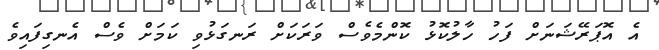
އެ އޮޕަރޭޝަނަށް ފަހު ހާލުކޮޅު ކޮންމެވެސް ވަރަކަށް ރަނގަޅުވި ކަމަށް ވެސް އެނގިފައިވެ